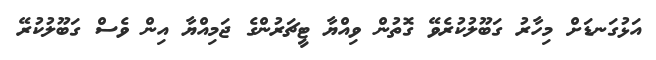
އަޅުގަނޑަށް މިހާރު ގަބޫލުކުރެވޭ ގޮތުން ވިއްޔާ ޓީޗަރުންގެ ޖަމިއްޔާ އިން ވެސް ގަބޫލުކުރޭ